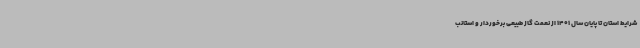
شرایط استان تا پایان سال 1401 از نعمت گاز طبیعی برخوردار و استانب